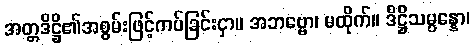
အတ္တဒိဋ္ဌိ၏အစွမ်းဖြင့်ကပ်ခြင်းငှာ။ အဘဗ္ဗော၊ မထိုက်။ ဒိဋ္ဌိသမ္ပန္နော၊